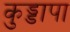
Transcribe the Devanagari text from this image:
कुड्डापा